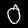
Digit: 0